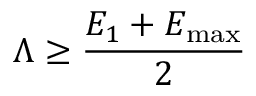
\Lambda \geq \frac { E _ { 1 } + E _ { \mathrm { m a x } } } { 2 }